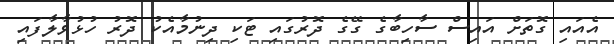
އެއައި ގޮތަށް އައިސް ސާހިބާގެ ގޭގެ ދޮރުގައި ޓަކި ދިނުމާއެކު ދޮރު ހުޅުވާލާފައި